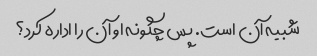
شبیه آن است. پس چگونه او آن را اداره کرد؟